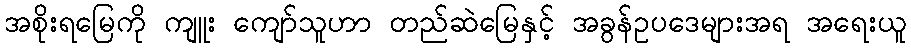
အစိုးရမြေကို ကျူး ကျော်သူဟာ တည်ဆဲမြေနှင့် အခွန်ဥပဒေများအရ အရေးယူ